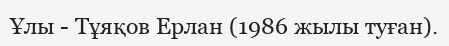
Ұлы - Тұяқов Ерлан (1986 жылы туған).